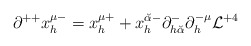
\begin{align*}\partial^{++} x^{\mu -}_h = x^{\mu +}_h + x_h^{{\breve\alpha} -} \partial^-_{h {\breve\alpha}} \partial^{-\mu}_h {\cal L}^{+4}\end{align*}